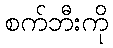
စက်ဘီးကို